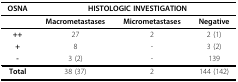
| OSNA | <COLSPAN=3> HISTOLOGIC INVESTIGATION |
 | --- | --- | --- | --- |
 |  | Macrometastases | Micrometastases | Negative |
 | ++ | 27 | 2 | 2 (1) |
 | + | 8 | - | 3 (2) |
 | - | 3 (2) | - | 139 |
 | Total | 38 (37) | 2 | 144 (142) |